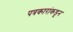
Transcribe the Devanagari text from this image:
पत्रकारांकडून